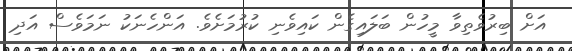
އަށް ބިރުވެތިވާ މީހުން ބަލައިގެން ކައިވެނި ކުރުމަށެވެ. އަންހެނަކު ނަމަވެސް އަދި